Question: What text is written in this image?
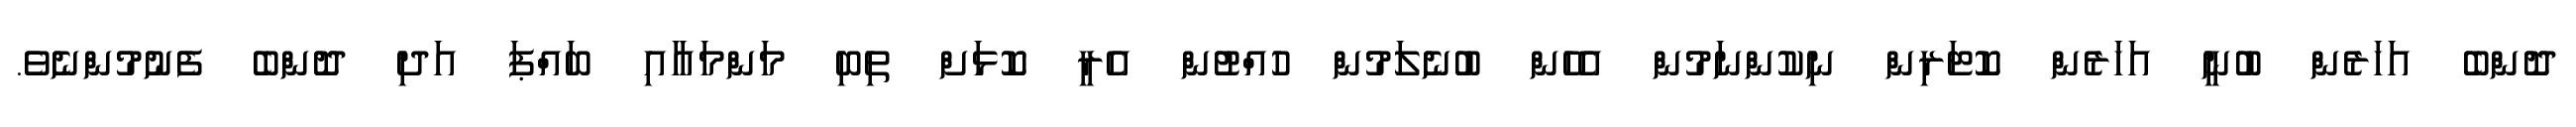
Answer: ދޮންބެ އަހަރެން ބުނީ އަހަރެން ކޮޓަރިން ނިކުންނަމުން އެހެން ބުނެލަމުން ހުއްޓުން އެރީ ކޮޅަށް ތިބި މަންމައާއި ބައްޕަ އަދި ދޮންބެ ފެނުމުންނެވެ.